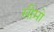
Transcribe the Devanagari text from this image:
सीमो